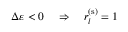
\Delta \varepsilon < 0 \quad \Rightarrow \quad r _ { l } ^ { ( \mathrm { s } ) } = 1